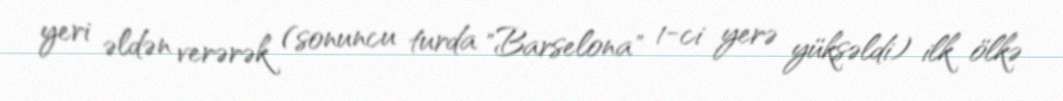
yeri əldən verərək (sonuncu turda "Barselona" 1-ci yerə yüksəldi) ilk ölkə